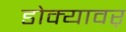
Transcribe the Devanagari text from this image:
डोक्यावर्